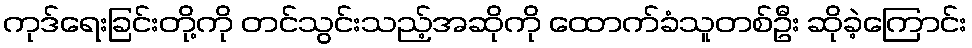
ကုဒ်ရေးခြင်းတို့ကို တင်သွင်းသည့်အဆိုကို ထောက်ခံသူတစ်ဦး ဆိုခဲ့ကြောင်း